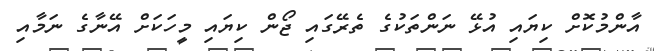
އާންމުކޮށް ކިޔައި އުޅޭ ނަންތަކުގެ ތެރޭގައި ޖޯން ކިޔައި މީހަކަށް އޭނާގެ ނަމާއި